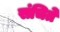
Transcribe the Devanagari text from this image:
संचिते